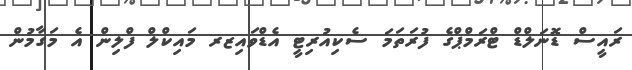
ރައީސް ޑޮނަލްޑް ޓްރަމްޕްގެ ފުރަތަމަ ސެކިއުރިޓީ އެޑްވައިޒރ މައިކްލް ފްލިން އެ މަގާމުން